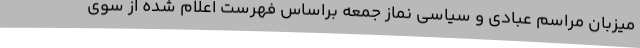
میزبان مراسم عبادی و سیاسی نماز جمعه براساس فهرست اعلام شده از سوی